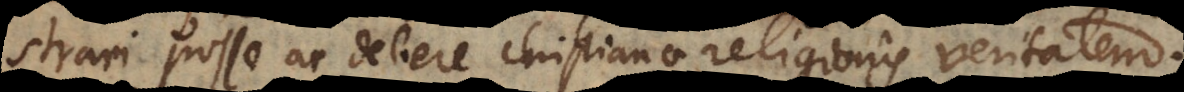
se ac debere Christianae religionis veritatem.